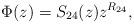
LaTeX: \begin{align*}\Phi(z)=S_{24}(z)z^{R_{24}},\end{align*}